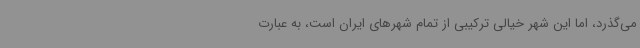
می‌گذرد،‌ اما این شهر خیالی ترکیبی از تمام شهرهای ایران است،‌ به عبارت